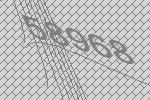
58968